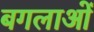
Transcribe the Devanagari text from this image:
बगलाओं